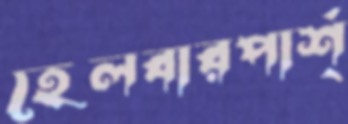
হেলবারপার্শ্